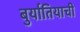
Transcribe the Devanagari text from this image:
बुर्यातियाची